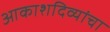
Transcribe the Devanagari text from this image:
आकाशदिव्यांचा